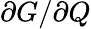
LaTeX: \partial G/\partial Q